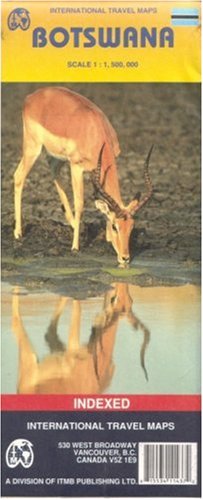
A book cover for Botswana Map by ITMB; ITMB Publishing; Travel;